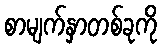
စာမျက်နှာတစ်ခုကို